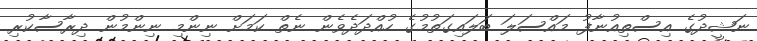
ނަޝީދުގެ އިސްތިއުނާފު މައްސަލަ ބަލައިގަތުމުގެ ހުއްދަދެވެން ނެތް ކަމަށް ނިންމި ނިންމުން ދިރާސާކުރި